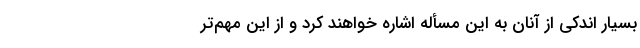
بسیار اندکی از آنان به این مسأله اشاره خواهند کرد و از این مهم‌تر